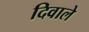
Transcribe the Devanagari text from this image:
दिवाले